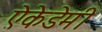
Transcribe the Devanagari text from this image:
ऐकेडेमी